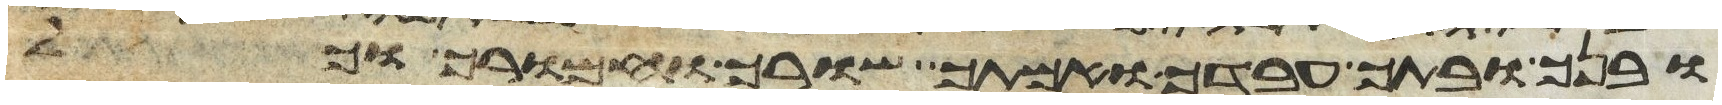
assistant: ובנך ובתך עבדך ואמתך שורך וחמורך וכל